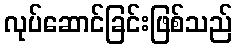
လုပ်ဆောင်ခြင်းဖြစ်သည်